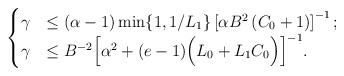
LaTeX: \begin{align*} \begin{cases} \gamma &\leq {(\alpha-1)}\min\{ 1 , {1}/{L_1} \}\left[{\alpha B^2\left( C_0 + 1 \right)}\right]^{-1};\\ \gamma &\leq B^{-2}\Big[\alpha^2 + (e-1) \Big(L_{0}+ L_1 C_0\Big) \Big]^{-1}. \end{cases} \end{align*}